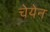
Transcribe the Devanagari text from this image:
चेयेन